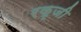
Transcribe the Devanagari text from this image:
रकृजी